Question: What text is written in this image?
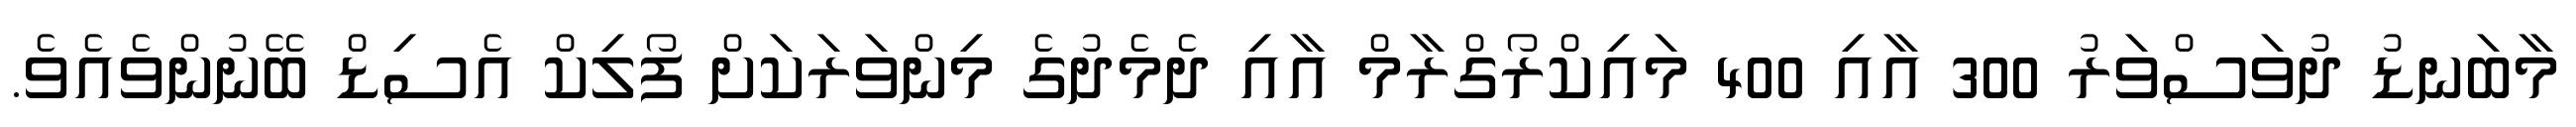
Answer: މާބަނޑު ދުވަސްވަރު 300 އާއި 400 މައިކްރޯގްރާމް އާއި ދެމެދުގެ މިންވަރަކަށް ފޯލިކް އެސިޑް ބޭނުންވެއެވެ.